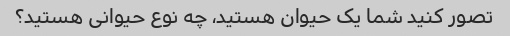
تصور کنید شما یک حیوان هستید، چه نوع حیوانی هستید؟